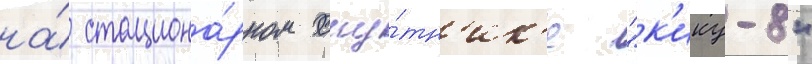
на́ стациона́рном спу́тн'ик'е "к'ику-8"